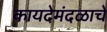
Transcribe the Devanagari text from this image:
कायदेमंदळाचे